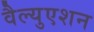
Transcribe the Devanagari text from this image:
वैल्युएशन